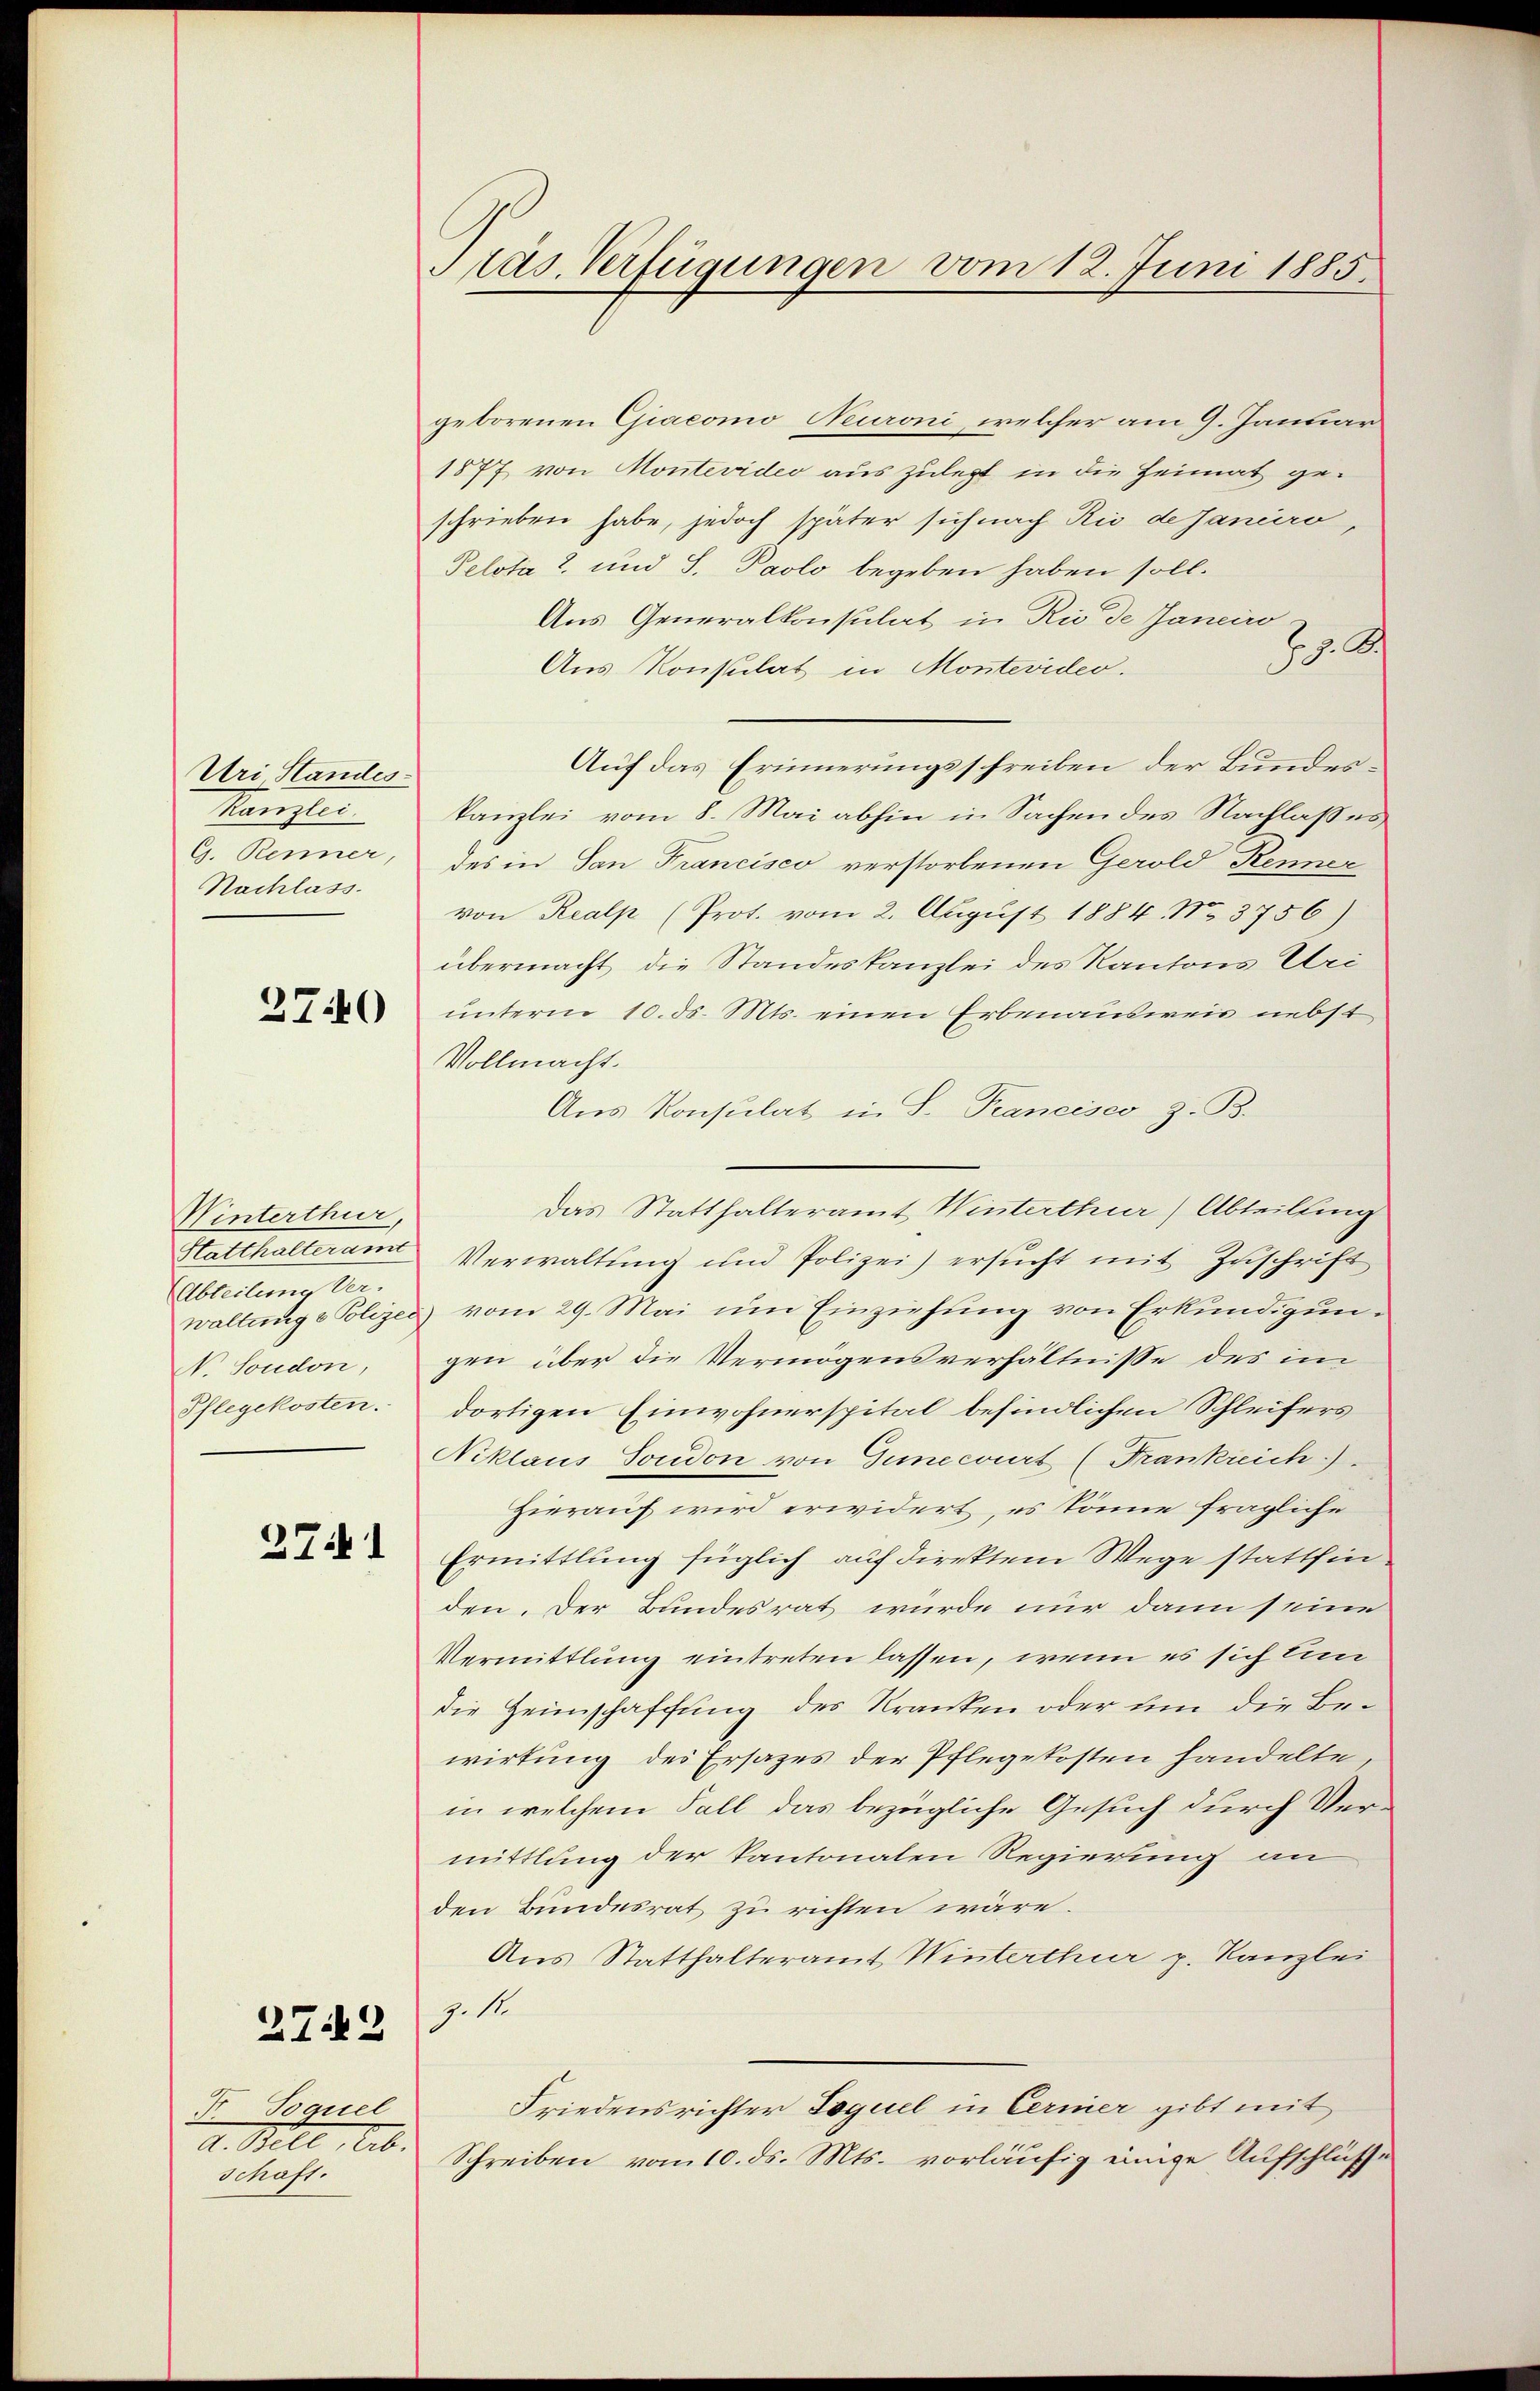
Uri, Standes-
Kanzlei
G. Renner,
Nachlass

2740

Winterthur,
Matthalteramt
Abteilung Ver-
N. Soudon,
Pflegekosten.

2741

27.2

geborenen Giacomo Neuroni, welcher am 9. Januar
1877 von Montevideo aus zulegt in die Heimat geschrieben habe, jedoch später sich nach Rio de Janeiro,
Pelota 2. und S. Paolo begeben haben soll.
Aus Generalkonsulat in Rio de Janeiro-
J. A.
Aus Konsulat in Montevider.
Auf das Erinnerungsschreiben der Bundeskanzlei vom 8. Mai abhin in Sachen des Nachlaßes
des in San Francisco verstorbenen Gerold Renner
von Realp (Prot. vom 2. August 1884. No. 3756)
übermacht die Standeskanzlei des Kantons Uri
unterm 10. ds. Mts. einen Erbenausweis nebst
Vollmacht.
Aus Konsulat in S. Trancisco z. B.
Das Statthalteramt Winterthur) Abteilung
Verwaltung und Polizei) ersucht mit Zuschrift
waltung & Polizei vom 29. Mai um Einziehung von Erkundigungen über die Vermögensverhältnisse des im
dortigen Einwohnerspital befindlichen Schleifers
Niklaus Soudon von Gunecourt (Frankreich.).
Hierauf wird erwidert, es könne fragliche
Ermittlung füglich auf direktem Wege stattfinden. Der Bundesrat wurde nur dann seine
Vermittlung eintreten lassen, wenn es sich lin
die Heimschaffung des Kranken oder um die Bewirkung des Ersazes der Pflegekosten handelte,
in welchem Fall das bezügliche Gesuch durch Vermittlung der Kantonalen Regierung an
den Bundesrat zu richten wäre.
Aus Statthalteramt Winterthur p. Kanzlei
Z. 11.
Friedensrichter Toquel in Cerner gibt mit
Schreiben vom 10. ds. Mts. vorläufig einige Aufschlüsse

F Spassel
d. Bill, Seb.
Schaft.

Plas. Verfügungen vom 12. Juni 1885.